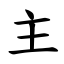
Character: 主